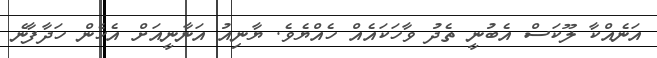
އަނެއްކާ ލޫކަސް އެބުނީ ތެދު ވާހަކައެއް ހެއްޔެވެ. ޔާނިއު އަނާނީއަށް އެހެން ހަދާފާނެ